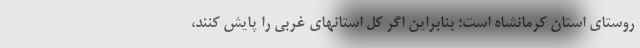
روستای استان کرمانشاه است؛ بنابراین اگر کل استانهای غربی را پایش کنند،